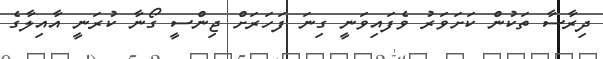
ދިރާސާ ތަކުން ކަށަވަރު ވެފައިވަނީ ގިނަ ފަހަރަށް ޖިންސީ ގޯނާ ކުރަނީ އާއިލާގެ